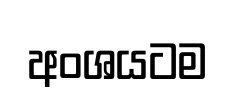
අංශයටම